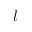
l